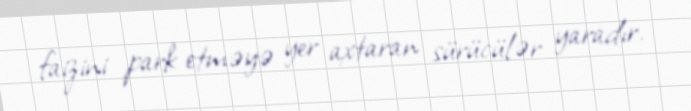
faizini park etməyə yer axtaran sürücülər yaradır.